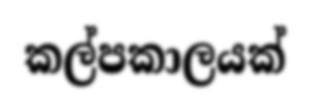
කල්පකාලයක්